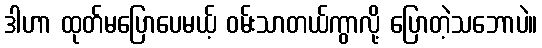
ဒါဟာ ထုတ်မပြောပေမယ့် ဝမ်းသာတယ်ကွာလို့ ပြောတဲ့သဘောပဲ။